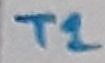
Text: T2